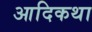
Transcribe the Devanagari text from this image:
आदिकथा